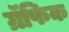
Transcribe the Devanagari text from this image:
ग्रॅफिक